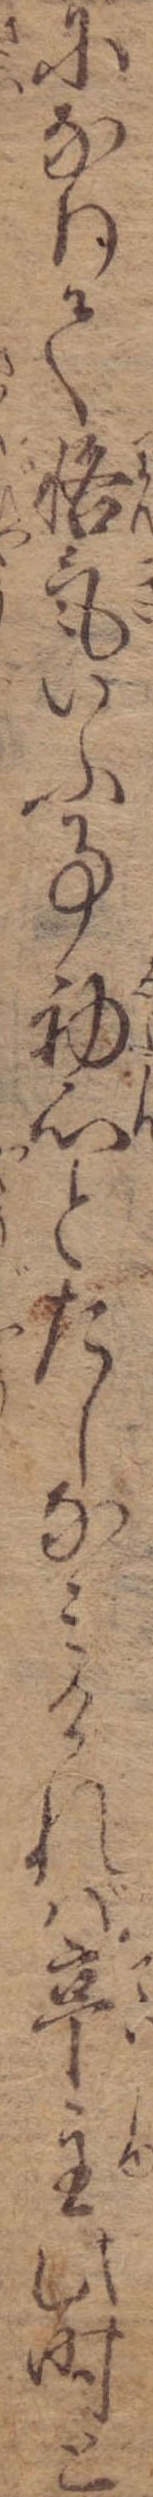
になりて悋気いふ事初心とたしなみければ亭主此時と